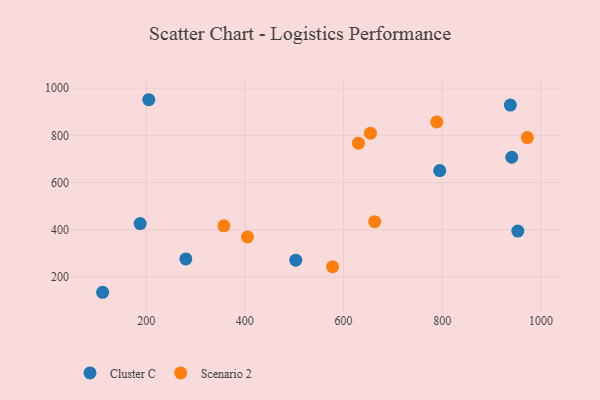
{"axis": {"x": "Investment", "y": "Exam Score"}, "legend": ["Cluster C", "Scenario 2"], "data": [{"x": "205.3", "y": 950.7, "type": "Cluster C"}, {"x": "794.9", "y": 650.9, "type": "Cluster C"}, {"x": "280.4", "y": 276.6, "type": "Cluster C"}, {"x": "953.1", "y": 394.4, "type": "Cluster C"}, {"x": "940.8", "y": 707.2, "type": "Cluster C"}, {"x": "503.2", "y": 271.5, "type": "Cluster C"}, {"x": "187.9", "y": 426.2, "type": "Cluster C"}, {"x": "111.8", "y": 135.5, "type": "Cluster C"}, {"x": "938.0", "y": 927.9, "type": "Cluster C"}, {"x": "357.6", "y": 416.7, "type": "Scenario 2"}, {"x": "630.2", "y": 766.9, "type": "Scenario 2"}, {"x": "405.2", "y": 369.5, "type": "Scenario 2"}, {"x": "577.6", "y": 243.5, "type": "Scenario 2"}, {"x": "654.5", "y": 809.2, "type": "Scenario 2"}, {"x": "788.9", "y": 856.6, "type": "Scenario 2"}, {"x": "663.0", "y": 434.2, "type": "Scenario 2"}, {"x": "972.5", "y": 790.6, "type": "Scenario 2"}]}